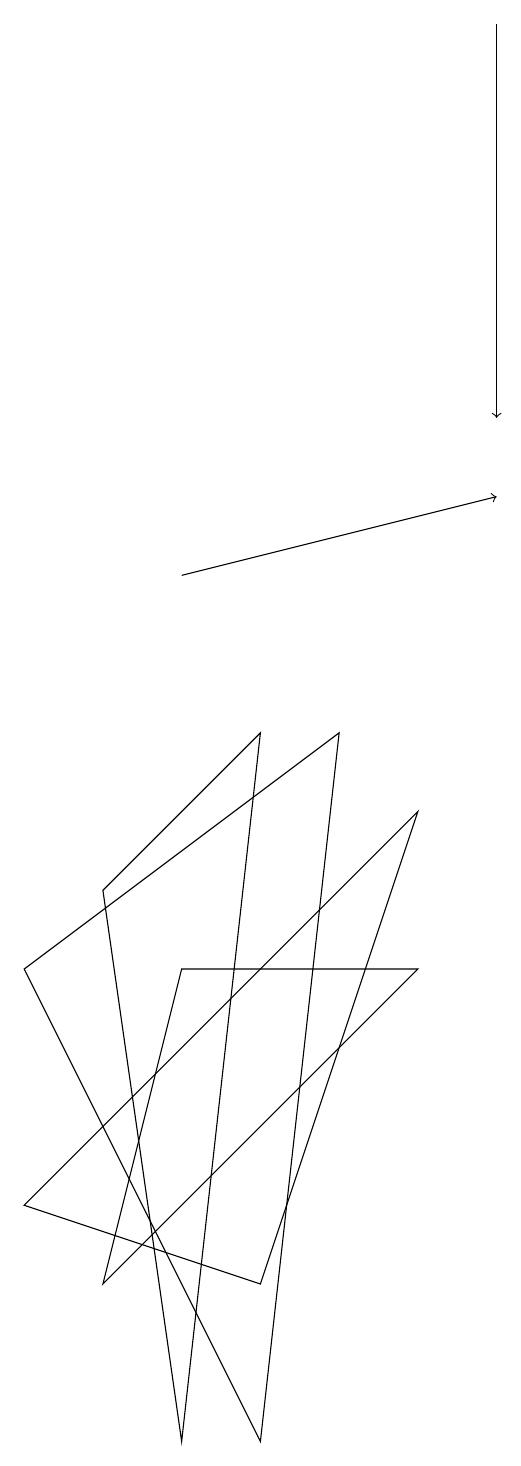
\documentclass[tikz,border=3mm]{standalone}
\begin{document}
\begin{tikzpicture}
\draw (2,2) -- (3,6) -- (6,6) -- cycle;
\draw (1,6) -- (5,9) -- (4,0) -- cycle;
\draw (6,8) -- (4,2) -- (1,3) -- cycle;
\draw[->] (7,18) -- (7,13);
\draw[->] (3,11) -- (7,12);
\draw (2,7) -- (3,0) -- (4,9) -- cycle;
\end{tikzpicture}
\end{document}